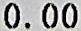
0.00